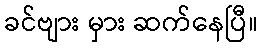
ခင်ဗျား မှား ဆက်နေပြီ။